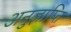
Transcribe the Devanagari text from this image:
अनुज्ञाप्ति